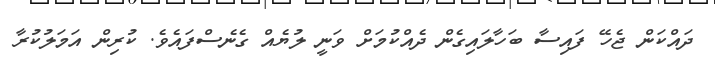
ދައްކަން ޖެހޭ ފައިސާ ބަހާލައިގެން ދެއްކުމަށް ވަނީ ލުޔެއް ގެނެސްފައެވެ. ކުރިން އަމަލުކުރާ